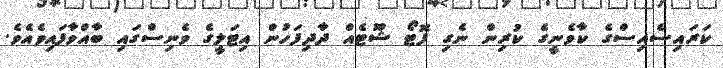
ކަރައިސެއިސްގެ ކާވެނީގެ ކުރިން ނެގި ފޮޓޯ ޝޫޓެއް ދާދިފަހުން އިޓަލީގެ ވެނިސްގައި ބާއްވާފައިވެއެވެ.